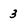
Character: 3